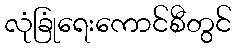
လုံခြုံရေးကောင်စီတွင်